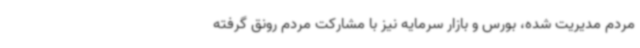
مردم مدیریت شده، بورس و بازار سرمایه نیز با مشارکت مردم رونق گرفته